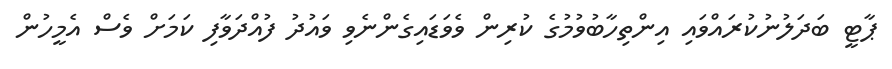
ޕާޓީ ބަދަލުނުކުރައްވައި އިންތިހާބުވުމުގެ ކުރިން ވެވަޑައިގެންނެވި ވައުދު ފުއްދަވާފި ކަމަށް ވެސް އެމީހުން